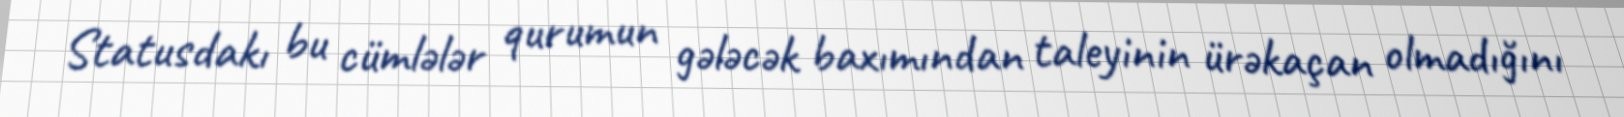
Statusdakı bu cümlələr qurumun gələcək baxımından taleyinin ürəkaçan olmadığını